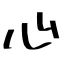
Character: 心